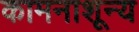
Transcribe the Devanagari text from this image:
कामनाशून्य